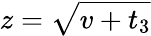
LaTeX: z=\sqrt{v+t_{3}}